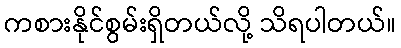
ကစားနိုင်စွမ်းရှိတယ်လို့ သိရပါတယ်။